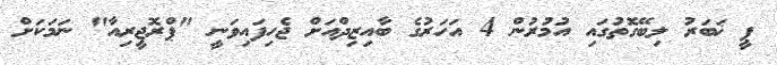
ޕީ ޚަބަރު ލިބޭގޮތުގައި އުމުރުން 4 އަހަރުގެ ބާއިޒިދްއަށް ޖެހިފައިވަނީ "ޕްރޮޖީރިއާ" ނަމަކަށް